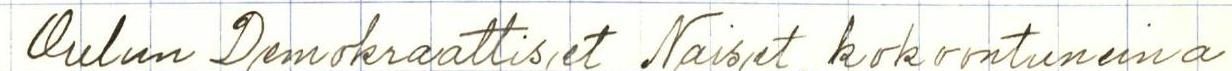
Oulun Demokraattiset Naiset, kokoontuneina